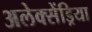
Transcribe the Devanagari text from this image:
अलेक्सेंड्रिया